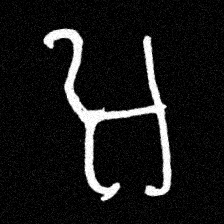
Pyu character \u2014 Myanmar letter: အ (romanized: a)